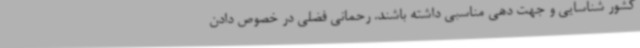
کشور شناسایی و جهت دهی مناسبی داشته باشند. رحمانی فضلی در خصوص دادن